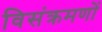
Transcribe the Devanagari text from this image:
विसंक्रमणों